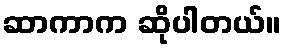
ဆာကာက ဆိုပါတယ်။